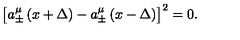
\left[ a _ { \pm } ^ { \mu } \left( x + \Delta \right) - a _ { \pm } ^ { \mu } \left( x - \Delta \right) \right] ^ { 2 } = 0 .